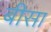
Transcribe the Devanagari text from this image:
बीसा